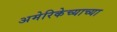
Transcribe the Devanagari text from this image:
अमेरिकेच्याच्या